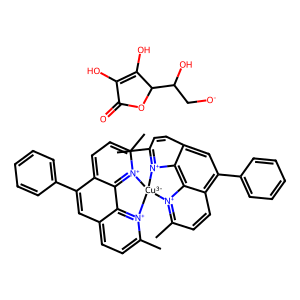
SMILES: Cc1ccc2cc(-c3ccccc3)c3ccc(C)[n+]4c3c2[n+]1[Cu-3]41[n+]2c(C)ccc3cc(-c4ccccc4)c4ccc(C)[n+]1c4c32.O=C1OC(C(O)C[O-])C(O)=C1O
Inhibits HIV replication: No